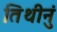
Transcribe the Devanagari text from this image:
तिथीनुं